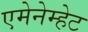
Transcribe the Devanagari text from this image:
एमेनेम्हेट